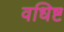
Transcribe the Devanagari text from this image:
वधिष्ट